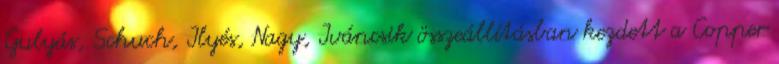
Gulyás, Schuch, Ilyés, Nagy, Iváncsik összeállításban kezdett a Copper